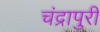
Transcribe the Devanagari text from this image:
चंद्रापुरी